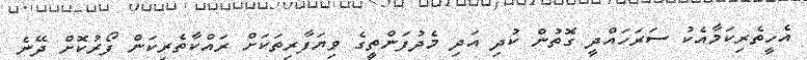
އެހީތެރިކަމާއެކު ސަރަހައްދީ ގޮތުން ކުދި އަދި މެދުފަންތީގެ ވިޔަފާރިތަކަށް ރައްކާތެރިކަން ފޯރުކޮށް ދޭނެ